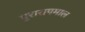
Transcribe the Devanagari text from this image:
पुरासपमाल